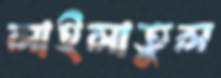
লাইলাতুল